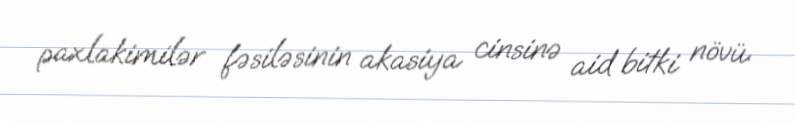
paxlakimilər fəsiləsinin akasiya cinsinə aid bitki növü.